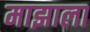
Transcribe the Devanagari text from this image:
माझाला